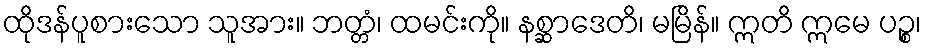
ထိုဒန်ပူစားသော သူအား။ ဘတ္တံ၊ ထမင်းကို။ နစ္ဆာဒေတိ၊ မမြိန်။ ဣတိ ဣမေ ပဉ္စ၊